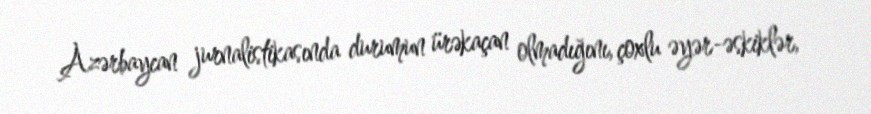
Azərbaycan jurnalistikasında durumun ürəkaçan olmadığını, çoxlu əyər-əskiklər,